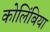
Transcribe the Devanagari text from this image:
कोलिंबिया